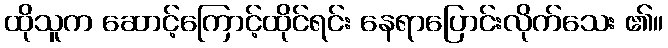
ထိုသူက ဆောင့်ကြောင့်ထိုင်ရင်း နေရာပြောင်းလိုက်သေး ၏။